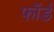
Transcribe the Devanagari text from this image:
फॉर्ड